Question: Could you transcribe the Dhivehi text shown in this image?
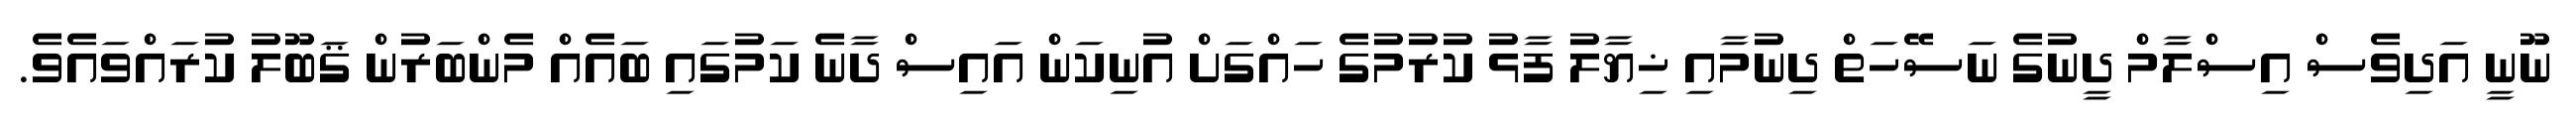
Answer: ނޫނީ އަދިވެސް އިސްލާމް ދީނުގެ ނަސޭހަތް ދިނުމާއި ޚިޔާލު ފާޅު ކުރުމުގެ ހައްގަށް އުނިކަން އައިސް ދާނެ ކަމުގައި ބައެއް މެންބަރުން ޤަބޫލު ކުރައްވައެވެ.